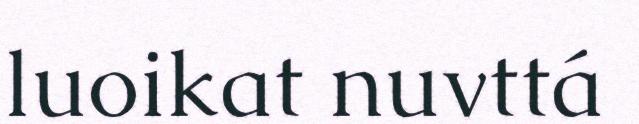
luoikat nuvttá